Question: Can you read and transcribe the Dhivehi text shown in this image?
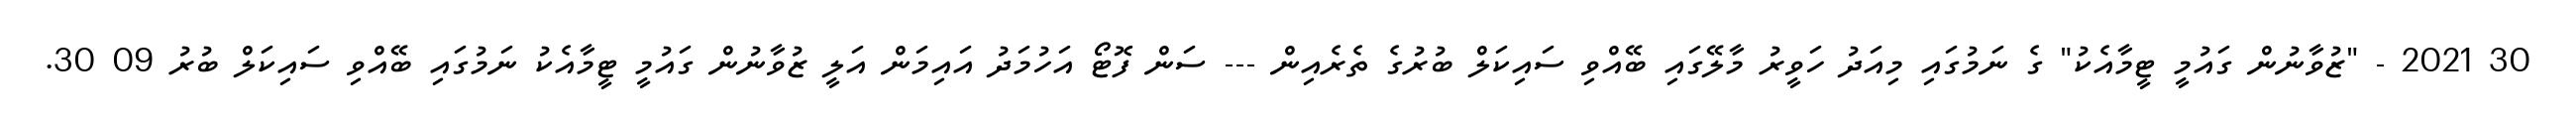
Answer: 30 2021 - "ޒުވާނުން ގައުމީ ޓީމާއެކު" ގެ ނަމުގައި މިއަދު ހަވީރު މާލޭގައި ބޭއްވި ސައިކަލް ބުރުގެ ތެރެއިން --- ސަން ފޮޓޯ އަހުމަދު އައިމަން އަލީ ޒުވާނުން ގައުމީ ޓީމާއެކު ނަމުގައި ބޭއްވި ސައިކަލް ބުރު 09 30.